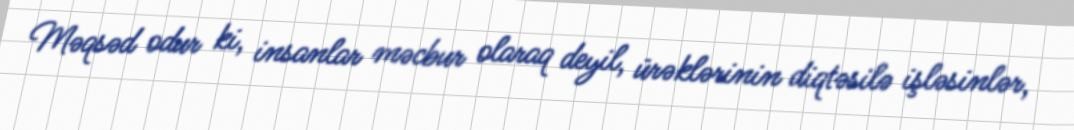
Məqsəd odur ki, insanlar məcbur olaraq deyil, ürəklərinin diqtəsilə işləsinlər,